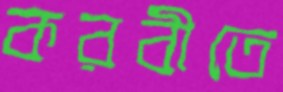
করবীতে